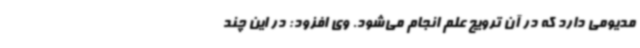
مدیومی دارد که در آن ترویج علم انجام می‌شود. وی افزود: در این چند